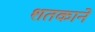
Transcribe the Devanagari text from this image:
शतकाने